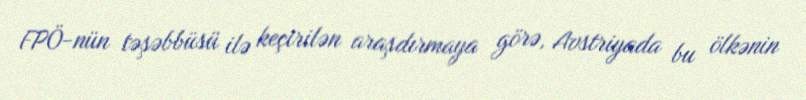
FPÖ-nün təşəbbüsü ilə keçirilən araşdırmaya görə, Avstriyada bu ölkənin